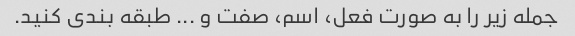
جمله زیر را به صورت فعل، اسم، صفت و ... طبقه بندی کنید.